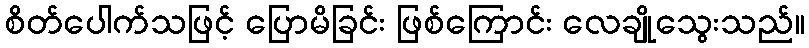
စိတ်ပေါက်သဖြင့် ပြောမိခြင်း ဖြစ်ကြောင်း လေချိုသွေးသည်။